Annual statistical returns and brief notes on vaccination in Bengal - 1887-1898
Year: 1887
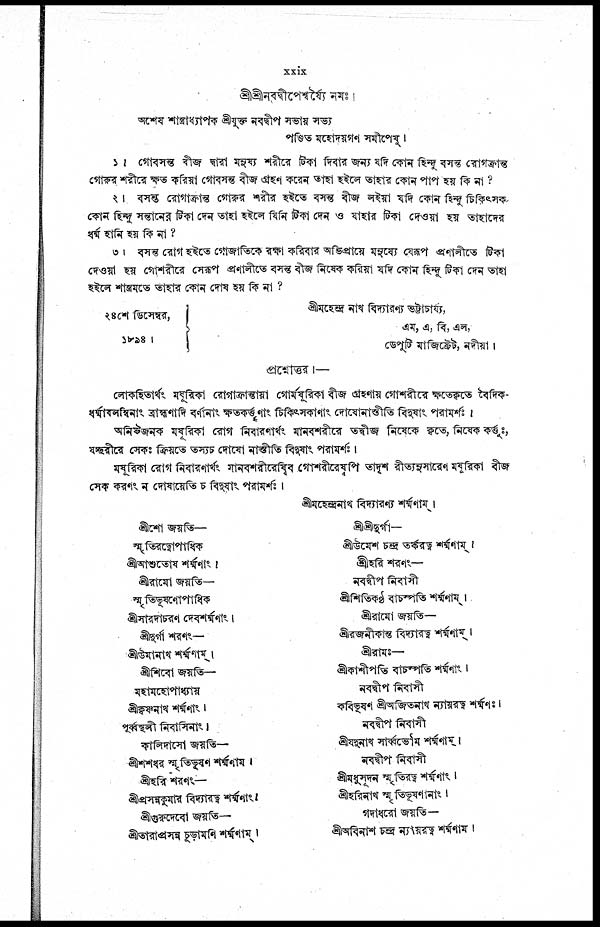
xxix